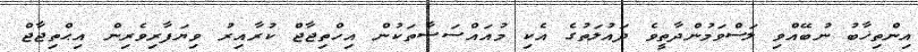
އިންތިޚާބު ނުބޭއްވި ލަސްވަމުންދާތީވެ ދައުލަތުގެ އެކި މުއައްސަސާތަކުން އިހްތިޖާޖް ކުރާއިރު ވިޔަފާރިވެރިން އިޙްތިޖާޖް